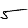
Digit: 5